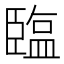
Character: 𦣪